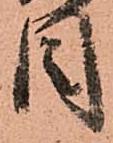
目